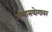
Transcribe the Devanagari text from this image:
अभ्यासयोगावर